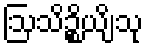
ဩသိဉ္စိယျိံသု